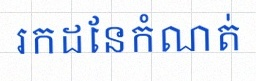
រកដែនកំណត់